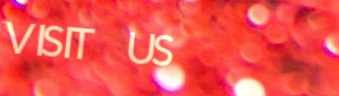
VISIT US